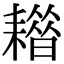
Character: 𦔡